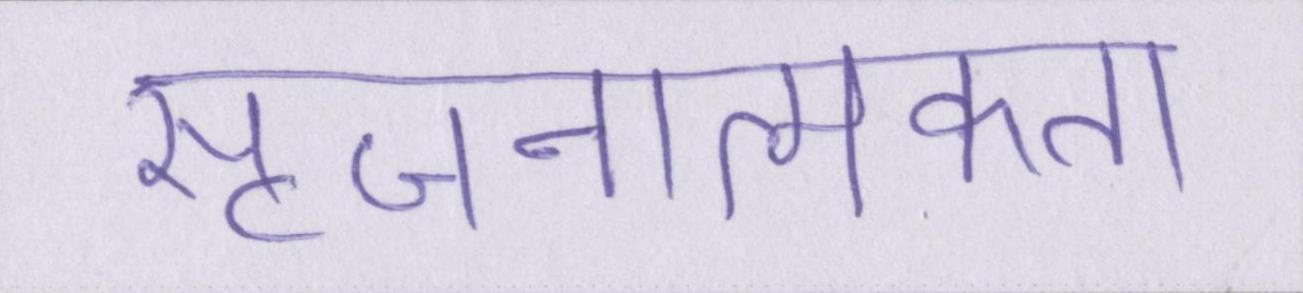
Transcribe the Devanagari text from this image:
सृजनात्मकता